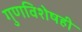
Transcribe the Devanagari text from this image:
गुणविशेषही